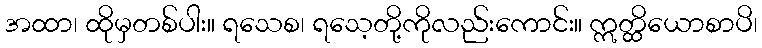
အထာ၊ ထိုမှတစ်ပါး။ ရသေစ၊ ရသေ့တို့ကိုလည်းကောင်း။ ဣတ္ထိယောစာပိ၊